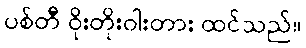
ပစ်တီ ဝိုးတိုးဝါးတား ထင်သည်။